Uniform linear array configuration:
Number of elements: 4
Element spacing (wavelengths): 0.25
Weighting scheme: binomial
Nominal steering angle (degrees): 15
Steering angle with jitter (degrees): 14.28
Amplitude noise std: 0.05
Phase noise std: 0.05

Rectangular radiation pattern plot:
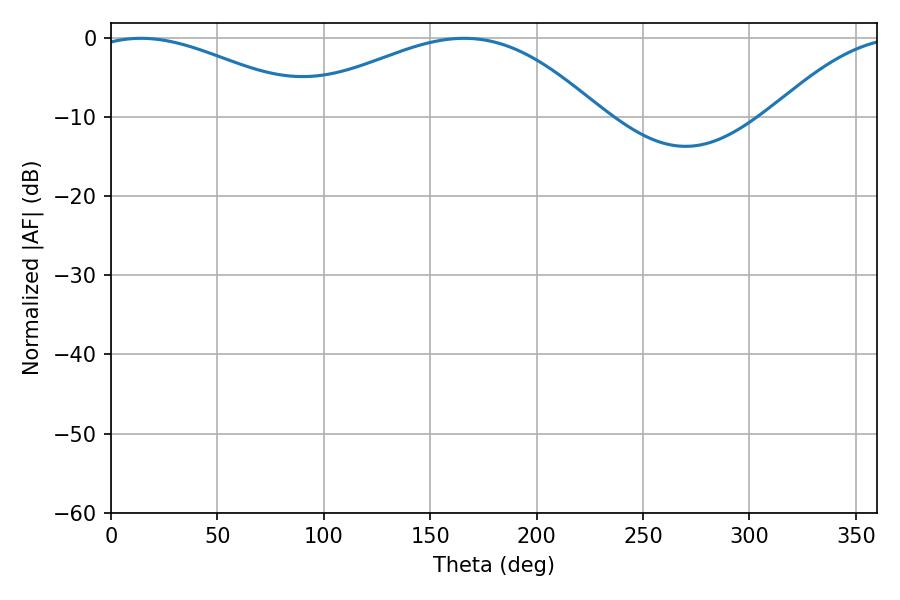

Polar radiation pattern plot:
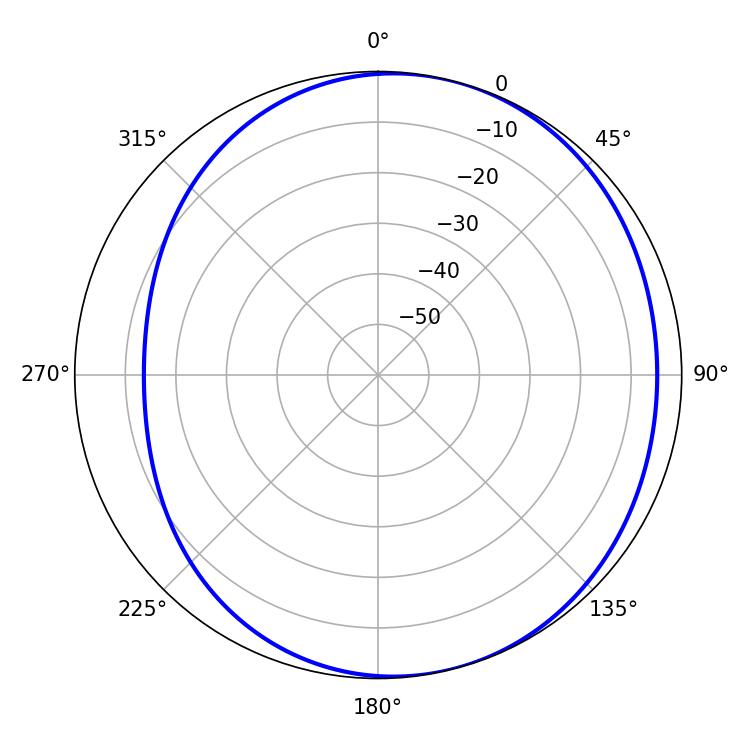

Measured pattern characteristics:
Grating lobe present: FALSE
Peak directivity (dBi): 4.073
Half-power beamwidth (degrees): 57.96
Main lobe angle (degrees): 14.04